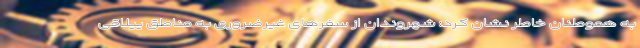
به هموطنان خاطر نشان کرد: شهروندان از سفرهای غیرضروری به مناطق ییلاقی